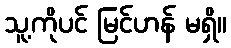
သူ့ကိုပင် မြင်ဟန် မရှိ။